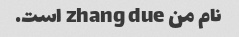
نام من zhang due است.